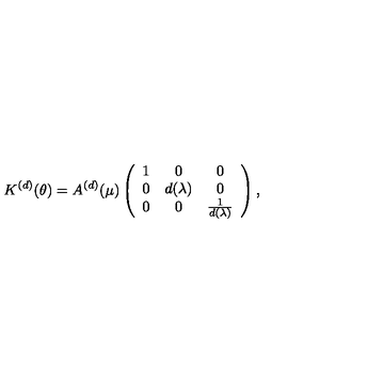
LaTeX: K ^ { ( d ) } ( \theta ) = A ^ { ( d ) } ( \mu ) \left( \begin{array} { c c c } { 1 } & { 0 } & { 0 } \\ { 0 } & { d ( \lambda ) } & { 0 } \\ { 0 } & { 0 } & { \frac { 1 } { d ( \lambda ) } } \\ \end{array} \right) ,